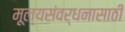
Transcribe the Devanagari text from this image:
मूल्यसंवर्धनासाठी